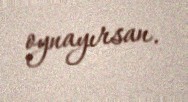
oynayırsan.